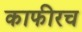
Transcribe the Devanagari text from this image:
काफीरच